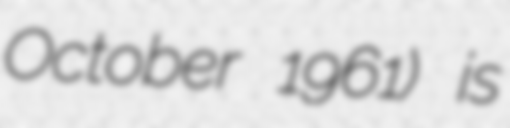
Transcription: October 1961) is